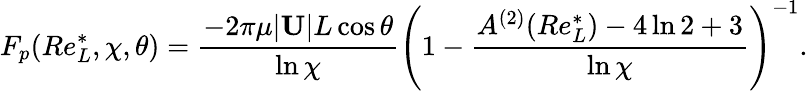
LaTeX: F_{p}(Re_{L}^{*},\chi,\theta)=\frac{-2\pi\mu|\mathbf{U}|L\cos\theta}{\ln\chi}\left(1-\frac{A^{(2)}(Re_{L}^{*})-4\ln 2+3}{\ln\chi}\right)^{-1}.